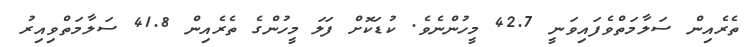
ތެރެއިން ސަލާމަތްވެފައިވަނީ 42.7 މީހުންނެވެ. ކުޑަކޮށް ފަލަ މީހުންގެ ތެރެއިން 41.8 ސަލާމަތްވިއިރު